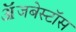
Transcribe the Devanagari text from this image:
ॲजबेस्टॉस